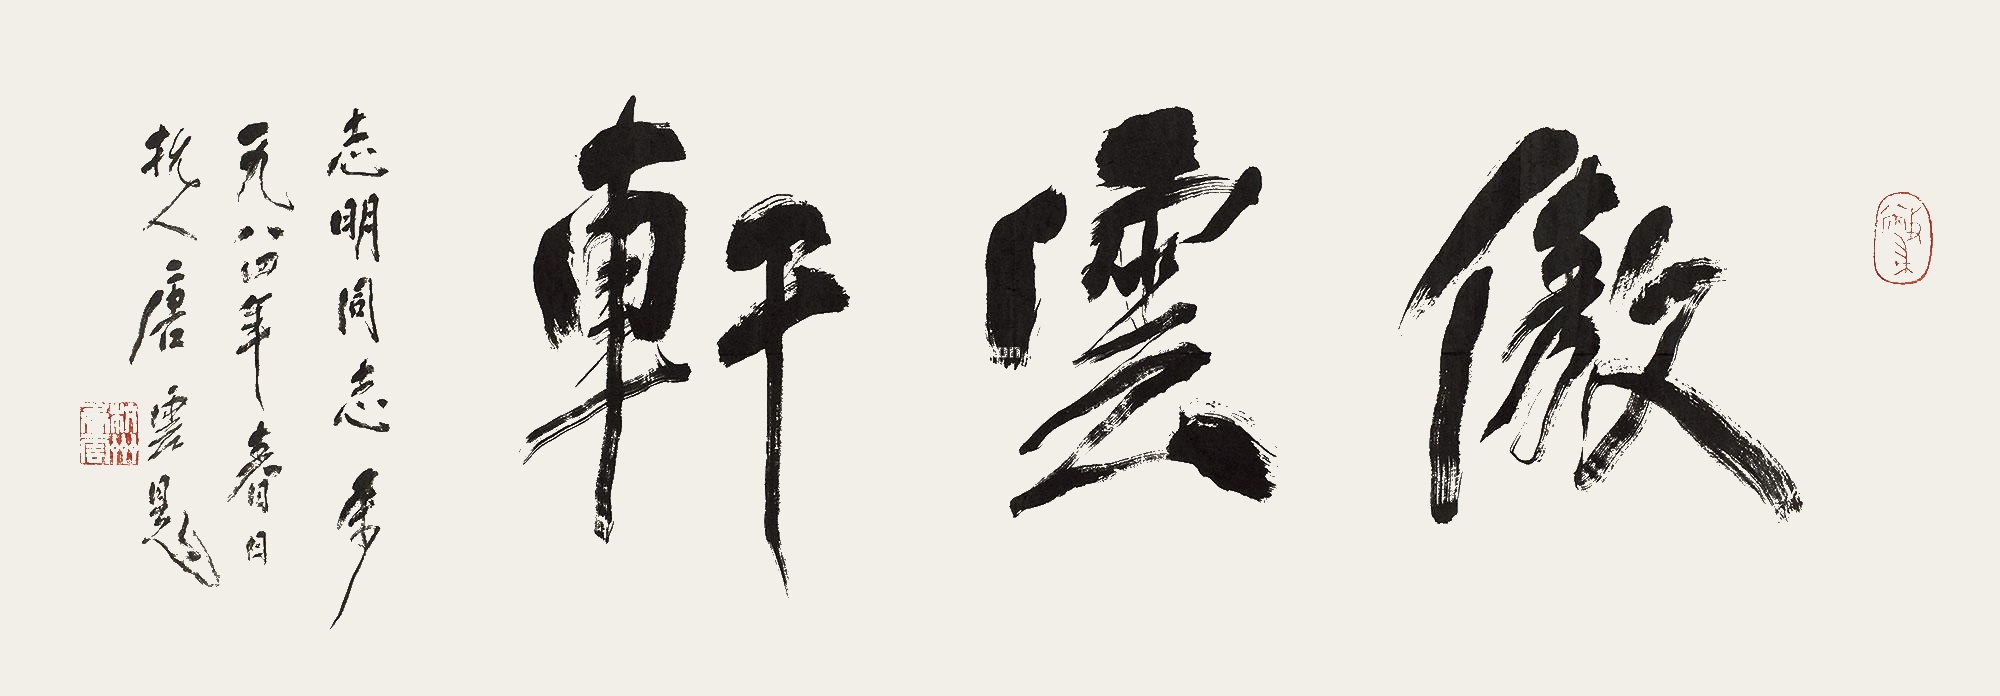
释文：傲云轩。志明同志属，一九八四年春日，杭人唐云题。